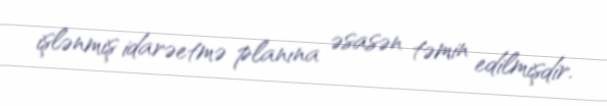
işlənmiş idarəetmə planına əsasən təmin edilmişdir.